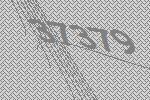
37379